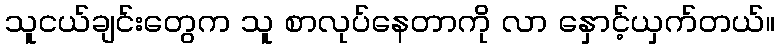
သူငယ်ချင်းတွေက သူ စာလုပ်နေတာကို လာ နှောင့်ယှက်တယ်။